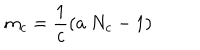
m _ { c } = \frac { 1 } { c } ( a ~ N _ { c } - 1 ) \, \, \, \, \,